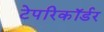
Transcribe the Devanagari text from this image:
टेपरिकॉर्डर